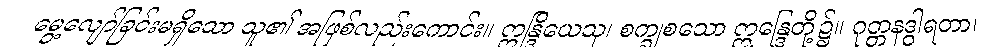
မွေ့လျော်ခြင်းမရှိသော သူ၏ အဖြစ်လည်းကောင်း။ ဣန္ဒြိယေသု၊ စက္ခုစသော ဣန္ဒြေတို့၌။ ဂုတ္တနဒွါရတာ၊